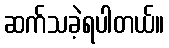
ဆက်သခဲ့ရပါတယ်။